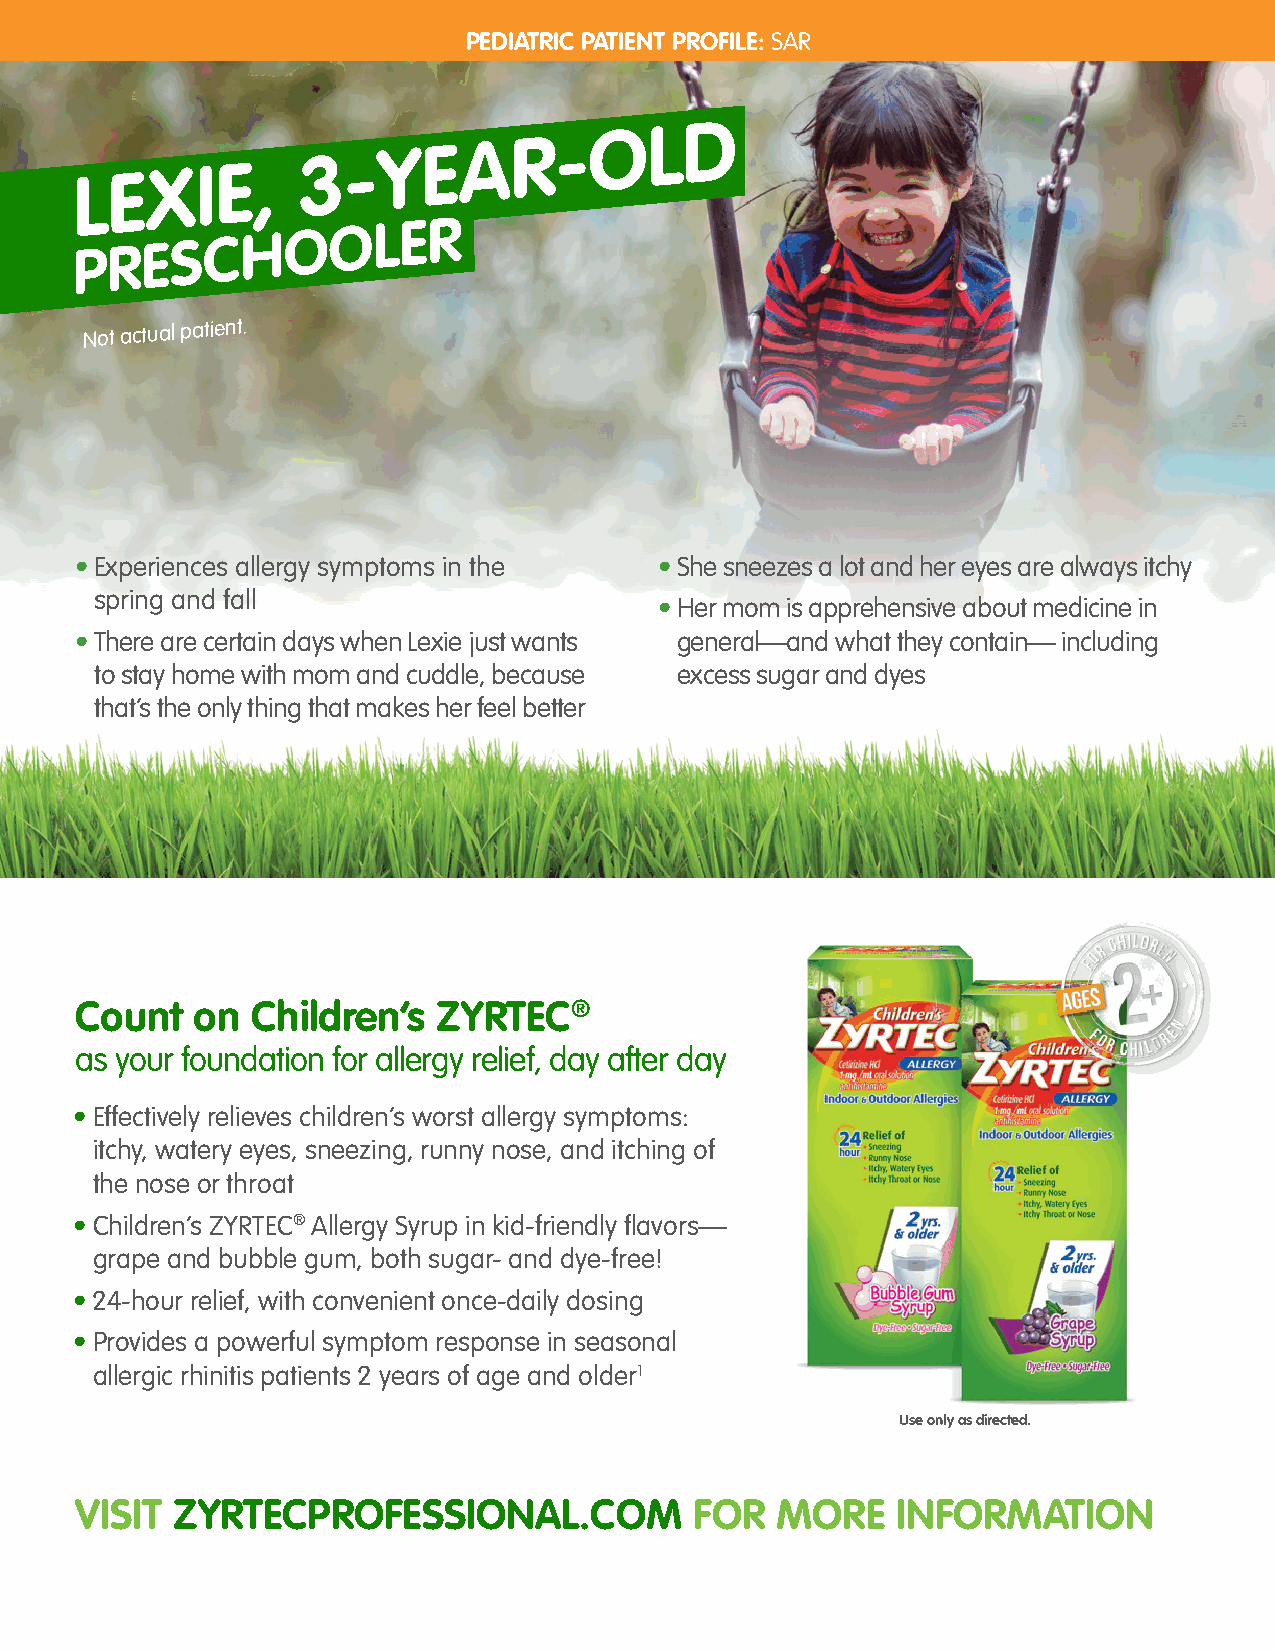
PEDIATRIC PATIENT PROFILE: SAR
 LEXIE,
 3-YEAR-OLD
 PRESCHOOLER
 Not actual
 patient.
 • Experiences allergy symptoms in the  • S he sneezes a lot and her eyes are always itchy
 spring and fall
 • H er mom is apprehensive about medicine in
 • T here are certain days when Lexie just wants general—and what they contain— including
 to stay home with mom and cuddle, because excess sugar and dyes
 that’s the only thing that makes her feel better
 Count   on  Children’s  ZYRTEC®
 as your foundation for allergy relief, day after day
 • Effectively relieves children’s worst allergy symptoms:
 itchy, watery eyes, sneezing, runny nose, and itching of
 the nose or throat
 • Children’s ZYRTEC® Allergy Syrup in kid-friendly flavors—
 grape and bubble gum, both sugar- and dye-free!
 • 24-hour relief, with convenient once-daily dosing
 • Provides a powerful symptom response in seasonal
 allergic rhinitis patients 2 years of age and older1
 Use only as directed.
 VISIT ZYRTECPROFESSIONAL.COM             FOR  MORE    INFORMATION